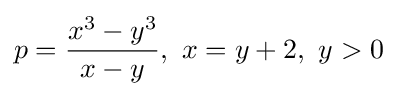
p={\frac {x^{3}-y^{3}}{x-y}},\ x=y+2,\ y>0